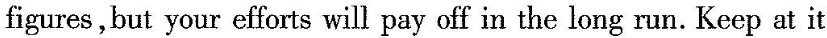
figures,but your efforts will pay off in the long run. Keep at it